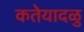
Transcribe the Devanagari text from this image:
कतेयादळु